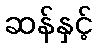
ဆန်နှင့်